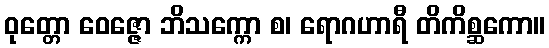
ဝုတ္တော ဝေဇ္ဇော ဘိသက္ကော စ၊ ရောဂဟာရီ တိကိစ္ဆကော။